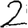
Digit: 2